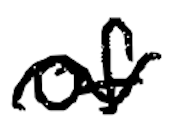
Text: of
Cross-out: wave
Writing tool: digital_black